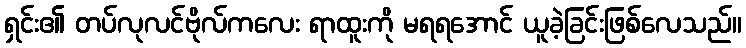
ရှင်း၏ တပ်လုလင်ဗိုလ်ကလေး ရာထူးကို မရရအောင် ယူခဲ့ခြင်းဖြစ်လေသည်။